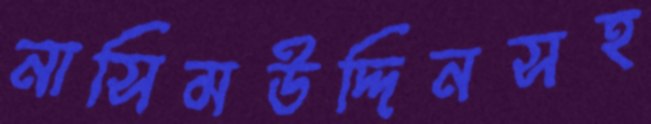
নাসিমউদ্দিনসহ